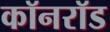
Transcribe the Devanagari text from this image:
कॉनरॉड